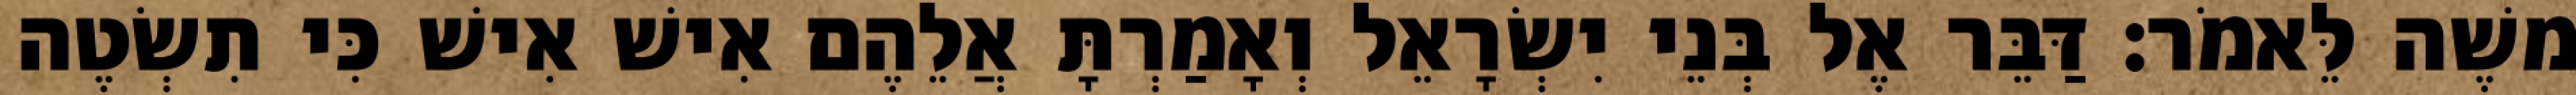
משֶׁה לֵּאמֹר׃ דַּבֵּר אֶל בְּנֵי יִשְׂרָאֵל וְאָמַרְתָּ אֲלֵהֶם אִישׁ אִישׁ כִּי תִשְׂטֶה